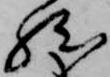
然